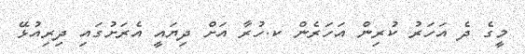
މީގެ ދެ އަހަރު ކުރިން އަހަރެން ކ.ހުރާ އަށް ދިޔައީ އެރަށުގައި ދިރިއުޅޭ